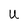
Character: U